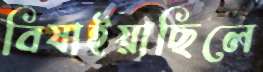
বিষাইয়াছিলে